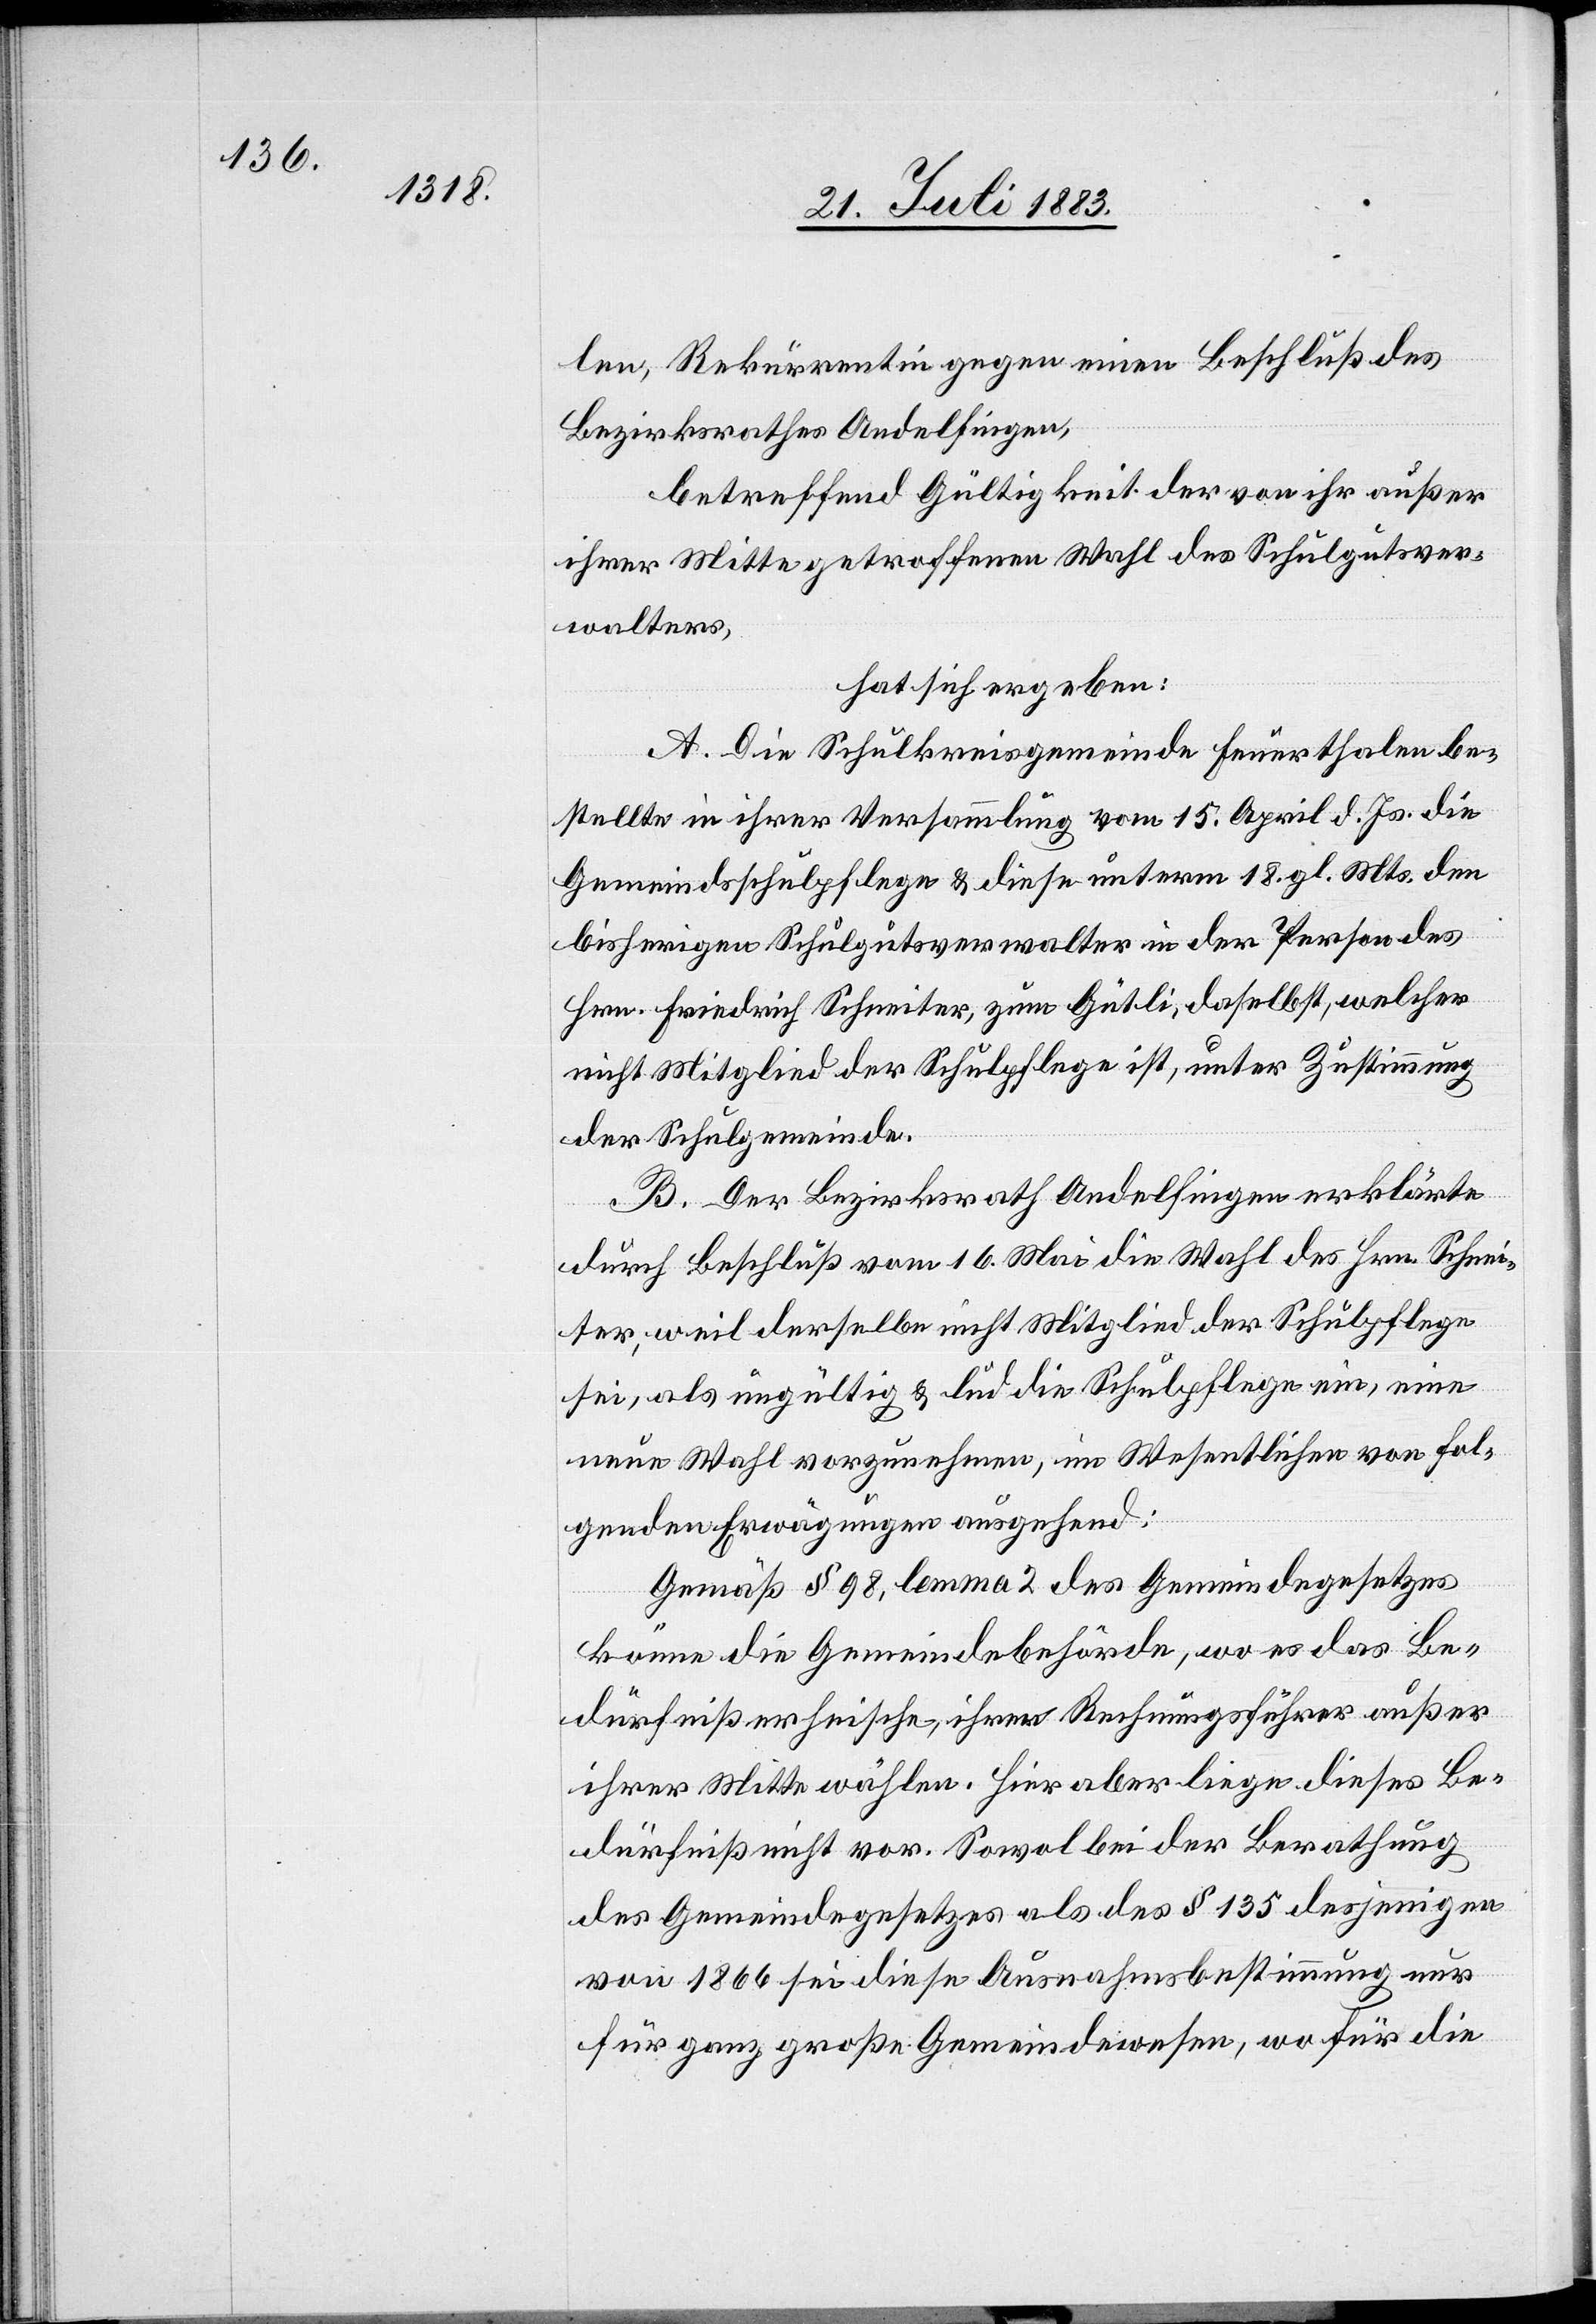
len, Rekurrentin gegen einen Beschluß des
Bezirksrathes Andelfingen,
betreffend Gültigkeit der von ihr außer
ihrer Mitte getroffenen Wahl des Schulgutsver¬
walters,
hat sich ergeben:
A. Die Schulkreisgemeinde Feuerthalen be¬
stellte in ihrer Versammlung vom 15. April d. Js. den
bisherigen Schulgutsverwalter in der Person des
Hrn. Friedrich Schneiter, zum Gütli, daselbst, welcher
nicht Mitglied der Schulpflege ist, unter Zustimmung
der Schulgemeinde.
B. Der Bezirksrath Andelfingen erklärte
durch Beschluß vom 16. Mai die Wahl des Hrn. Schnei¬
ter, weil derselbe nicht Mitglied der Schulpflege
sei, als ungültig & lud die Schulpflege ein, eine
neue Wahl vorzunehmen, im Wesentlichen von fol¬
genden Erwägungen ausgehend:
Gemäß § 98, lemma 2 des Gemeindegesetzes
könne die Gemeindebehörde, wo es das Be¬
dürfniß erheische, ihren Rechnungsführer außer
ihrer Mitte wählen. Hier aber liege dieses Be¬
dürfniß nicht vor. Sowol bei der Berathung
des Gemeindegesetzes als des § 135 desjenigen
von 1866 sei diese Ausnahmsbestimmung nur
für ganz große Gemeindewesen, wo für die